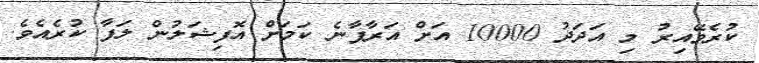
ކުރެވޭއިރު މި އަދަދު 10000 އަށް އަރާފާނެ ކަމަށް އޮފިޝަލުން ލަފާ ކުރެއެވެ.